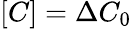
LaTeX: [C]=\Delta C_{0}